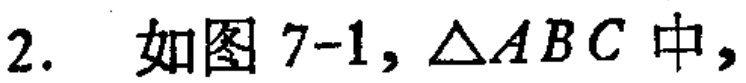
2. 如图7-1, \(\triangle ABC\)中,